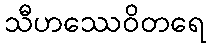
သီဟဿေဝိတရေ